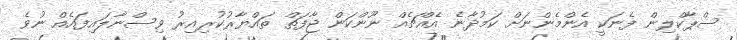
ސްޕާކްލިން ފެނަކީ އެންމެންނަށް ކަމުދާނެ އެއްޗެއް ނޫންކަން ޖާފަތް ތައްޔާރުކުރިއިރު ވިސްނާލައިފައެއް ނުވެ